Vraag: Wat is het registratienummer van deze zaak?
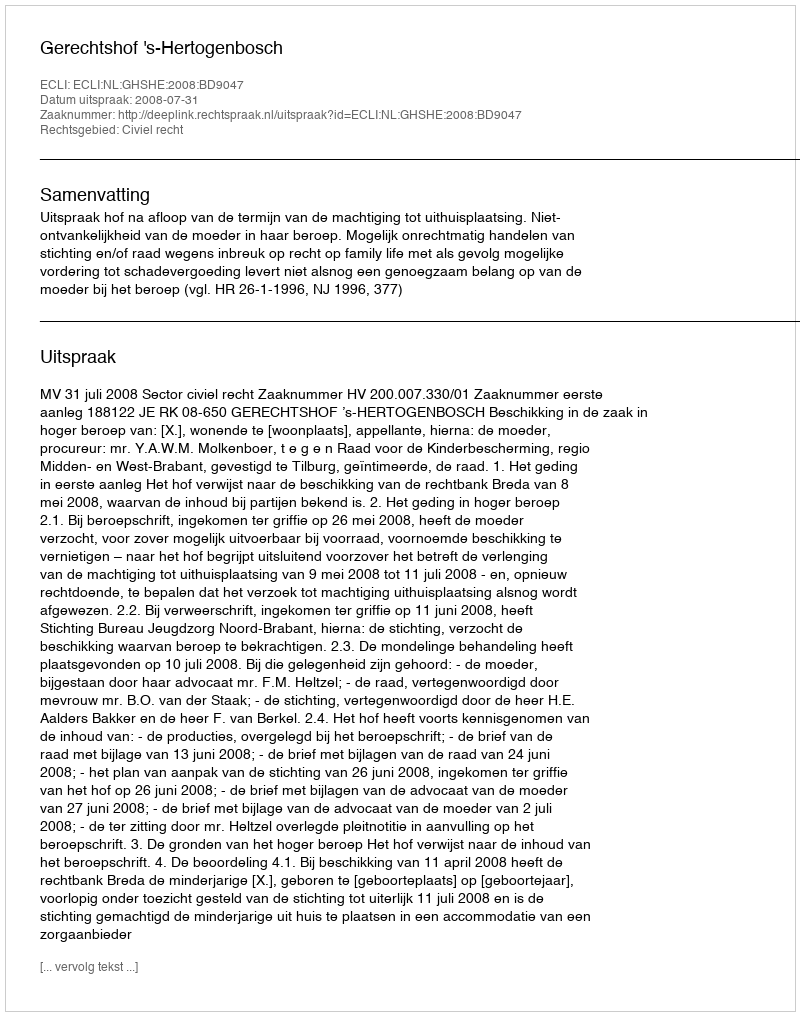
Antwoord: http://deeplink.rechtspraak.nl/uitspraak?id=ECLI:NL:GHSHE:2008:BD9047